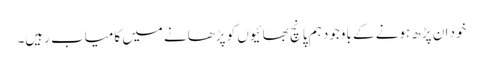
خود ان پڑھ ہونے کے باوجود ہم پانچ بھائیوں کو پڑھانے میں کامیاب رہیں۔